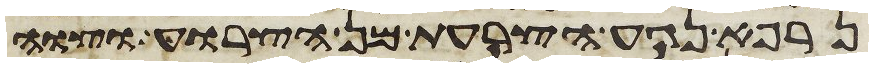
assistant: נרפא נגע הצרעת מן הצרוע וצוה